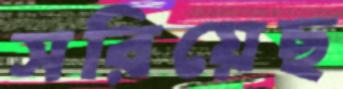
সরিয়েছ